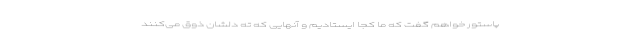
پاستور خواهم گفت که ما کجا ایستادیم و آنهایی که ته دلشان ذوق می‌کنند